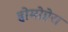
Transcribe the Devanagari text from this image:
होमोप्टेरा